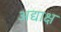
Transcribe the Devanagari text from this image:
अद्याक्ष